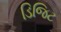
ડિજિટ